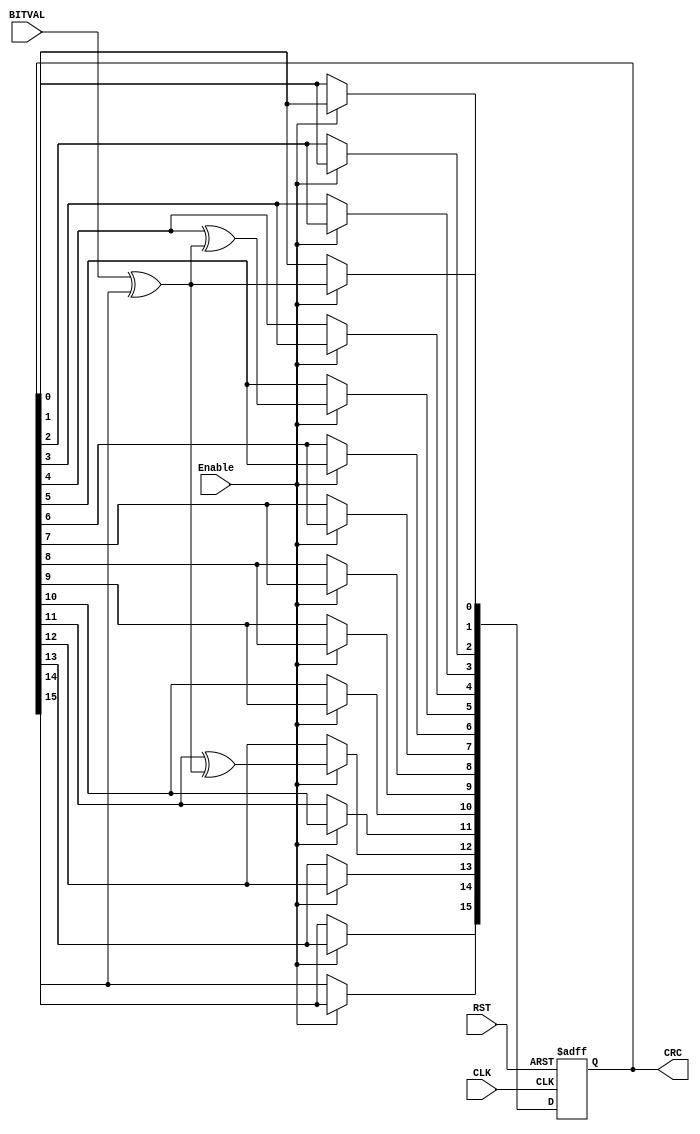
module CRC_16(BITVAL, Enable, CLK, RST, CRC);
 input        BITVAL;// Next input bit
   input Enable;
   input        CLK;                           // Current bit valid (Clock)
   input        RST;                             // Init CRC value
   output reg [15:0] CRC;                               // Current output CRC value

   
                     // We need output registers
   wire         inv;
   
   assign inv = BITVAL ^ CRC[15];                   // XOR required?
   
  always @(posedge CLK or posedge RST) begin
		if (RST) begin
			CRC = 0;   
		
        end
      else begin
        if (Enable==1) begin
         CRC[15] = CRC[14];
         CRC[14] = CRC[13];
         CRC[13] = CRC[12];
         CRC[12] = CRC[11] ^ inv;
         CRC[11] = CRC[10];
         CRC[10] = CRC[9];
         CRC[9] = CRC[8];
         CRC[8] = CRC[7];
         CRC[7] = CRC[6];
         CRC[6] = CRC[5];
         CRC[5] = CRC[4] ^ inv;
         CRC[4] = CRC[3];
         CRC[3] = CRC[2];
         CRC[2] = CRC[1];
         CRC[1] = CRC[0];
         CRC[0] = inv;
        end
         end
      end
   
endmodule